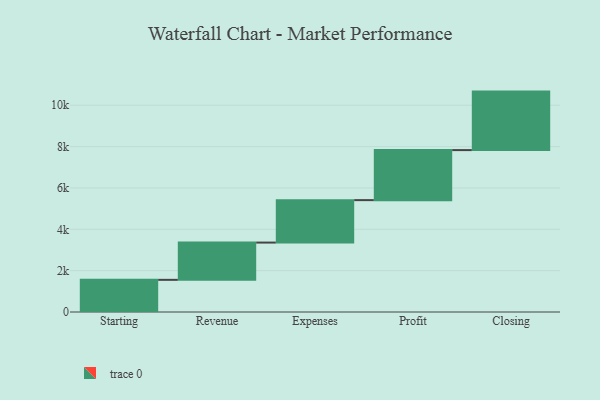
{"axis": {"x": "Step", "y": "Value"}, "legend": [""], "data": [{"x": "Starting", "y": 1556.0, "type": ""}, {"x": "Revenue", "y": 1802.0, "type": ""}, {"x": "Expenses", "y": 2054.0, "type": ""}, {"x": "Profit", "y": 2420.0, "type": ""}, {"x": "Closing", "y": 2830.0, "type": ""}]}